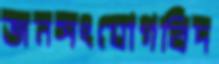
জনসংযোগবিদ